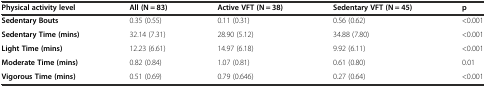
<table><thead><tr><td><b>Physical activity level</b></td><td><b>All (N = 83)</b></td><td><b>Active VFT (N = 38)</b></td><td><b>Sedentary VFT (N = 45)</b></td><td><b>p</b></td></tr></thead><tbody><tr><td><b>Sedentary Bouts</b></td><td>0.35 (0.55)</td><td>0.11 (0.31)</td><td>0.56 (0.62)</td><td>&lt;0.001</td></tr><tr><td><b>Sedentary Time (mins)</b></td><td>32.14 (7.31)</td><td>28.90 (5.12)</td><td>34.88 (7.80)</td><td>&lt;0.001</td></tr><tr><td><b>Light Time (mins)</b></td><td>12.23 (6.61)</td><td>14.97 (6.18)</td><td>9.92 (6.11)</td><td>&lt;0.001</td></tr><tr><td><b>Moderate Time (mins)</b></td><td>0.82 (0.84)</td><td>1.07 (0.81)</td><td>0.61 (0.80)</td><td>0.01</td></tr><tr><td><b>Vigorous Time (mins)</b></td><td>0.51 (0.69)</td><td>0.79 (0.646)</td><td>0.27 (0.64)</td><td>&lt;0.001</td></tr></tbody></table>